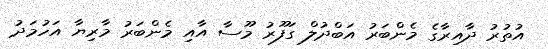
އުތުރު ދާއިރާގެ މެންބަރު އަބްދުލް ގަފޫރު މޫސާ އާއި މެންބަރު މާރިޔާ އަހުމަދު